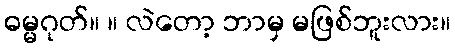
ဓမ္မဂုတ်။ ။ လဲတော့ ဘာမှ မဖြစ်ဘူးလား။